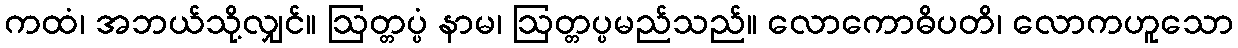
ကထံ၊ အဘယ်သို့လျှင်။ ဩတ္တပ္ပံ နာမ၊ ဩတ္တပ္ပမည်သည်။ လောကောဓိပတိ၊ လောကဟူသော